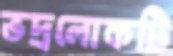
ভদ্রলোকটি